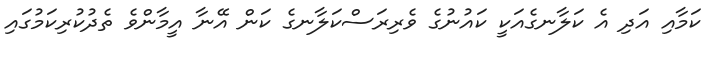
ކަމާއި އަދި އެ ކަލާނގެއަކީ ކައުނުގެ ވެރިރަސްކަލާނގެ ކަން އޭނާ އީމާންވެ ތެދުކުރިކަމުގައި